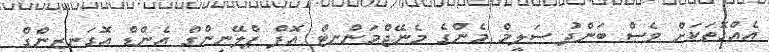
އެއްގޮތަކަށް ވެސް ބަންދު ސަލީމް މެންގެ މެނޭޖްމަންނޓް އޮފް ޕްލޭނިންްގް އެންޑް އޮގަނޒިިންގް